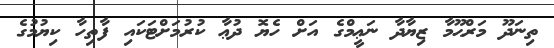
ތިނަދޫ މަރްޙޫމާ ޒިޔާދާ ނަޢީމްގެ އަށް ހެޔޮ ދުޢާ ކުރުމަށްޓަކައި ފާތިހާ ކިޔުމުގެ